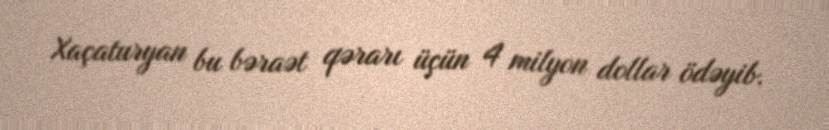
Xaçaturyan bu bəraət qərarı üçün 4 milyon dollar ödəyib.